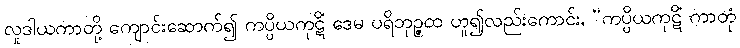
လူဒါယကာတို့ ကျောင်းဆောက်၍ ကပ္ပိယကုဋိံ ဒေမ ပရိဘုဉ္ဇထ ဟူ၍လည်းကောင်း, “ကပ္ပိယကုဋိံ ကာတုံ